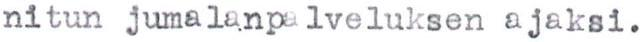
nitun jumalanpalveluksen ajaksi.